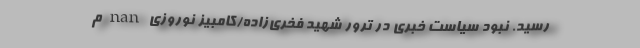
رسید. ‌نبود سیاست خبری در ترور شهید فخری‌زاده/کامبیز نوروزی nan م